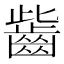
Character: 𪗶